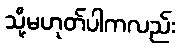
သို့မဟုတ်ပါကလည်း